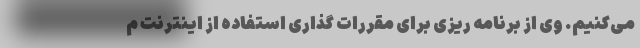
می‌کنیم. وی از برنامه ریزی برای مقررات گذاری استفاده از اینترنت م